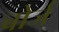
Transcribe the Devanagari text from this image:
बोर्ज